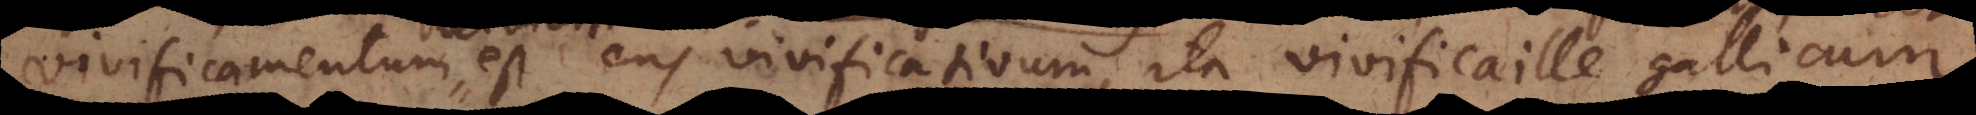
vivificamentum est Ens vivificativum, ita vivificaille gallicu